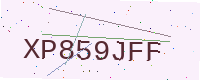
Text: XP859JFF